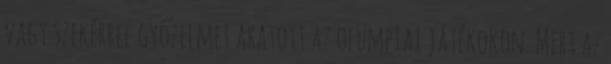
vagy szekérrel győzelmet aratott az olümpiai játékokon. Mert az